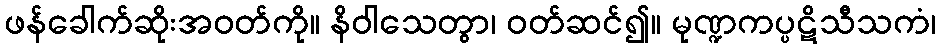
ဖန်ခေါက်ဆိုးအဝတ်ကို။ နိဝါသေတွာ၊ ဝတ်ဆင်၍။ မုဏ္ဍကပ္ပဋိသီသကံ၊